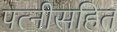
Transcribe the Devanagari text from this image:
पत्नीसहित